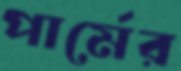
পার্মের